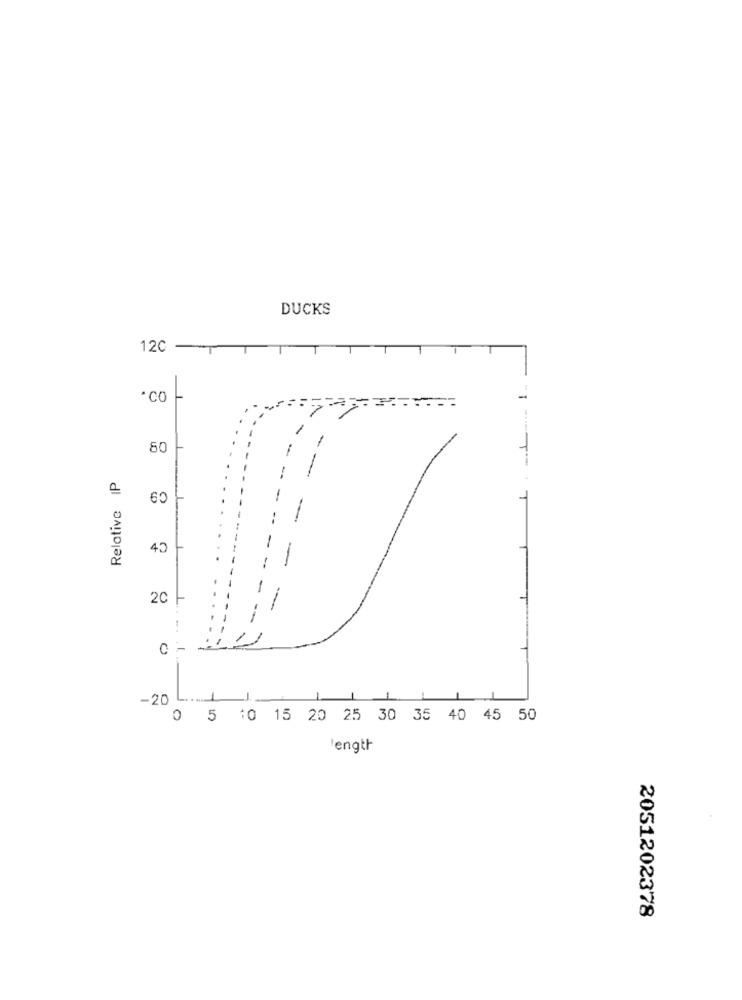
DUCKS
120 -
_.___... 1.
-
80
Relative IP
-
-
43
2C
- -
0
-20
-1
1
0 5 10 15 20 25 30 35 40 45 50
length
2051202378